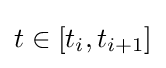
t\in [t_{i},t_{i+1}]